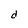
Character: d